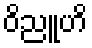
ဝိညူဟိ